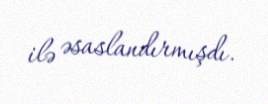
ilə əsaslandırmışdı.